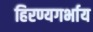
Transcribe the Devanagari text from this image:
हिरण्यगर्भाय